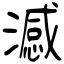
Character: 澸